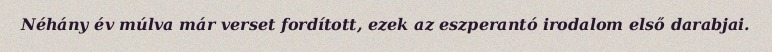
Néhány év múlva már verset fordított, ezek az eszperantó irodalom első darabjai.